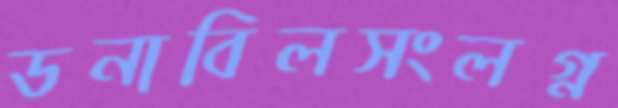
ডনাবিলসংলগ্ন